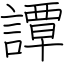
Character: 譚